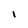
Character: I